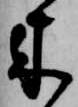
来